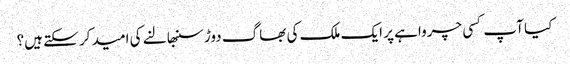
کیا آپ کسی چرواہے پر ایک ملک کی بھاگ دوڑ سنبھالنے کی امید کر سکتے ہیں؟